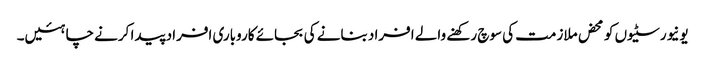
یونیورسٹیوں کو محض ملازمت کی سوچ رکھنے والے افراد بنانے کی بجائے کاروباری افراد پیدا کرنے چاہئیں۔